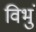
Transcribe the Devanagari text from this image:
विभुं